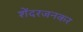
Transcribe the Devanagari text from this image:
शेंदरजनकर